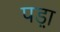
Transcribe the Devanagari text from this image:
पड़़ा